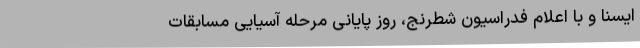
ایسنا و با اعلام‌ فدراسیون شطرنج، روز پایانی مرحله آسیایی مسابقات